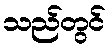
သည်တွင်